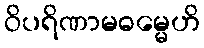
ဝိပရိဏာမဓမ္မေဟိ